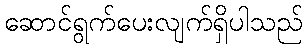
ဆောင်ရွက်ပေးလျက်ရှိပါသည်